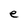
Character: e